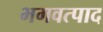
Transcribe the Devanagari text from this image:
भगवत्पाद